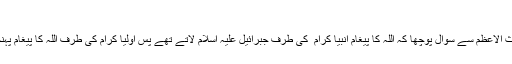
مجلس3)
* کسی نے سیّدنا غوث الاعظمؓ سے سوال پوچھا کہ اللہ کا پیغام انبیا کرام ؑ کی طرف جبرائیل علیہ اسلام لاتے تھے پس اولیا کرام کی طرف اللہ کا پیغام پہنچانے والا کون ہے ؟